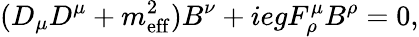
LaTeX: (D_{\mu}D^{\mu}+m_{\mathrm{eff}}^{2})B^{\nu}+iegF_{\rho}^{\mu}B^{\rho}=0,